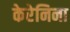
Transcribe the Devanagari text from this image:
केरेनिना